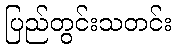
ပြည်တွင်းသတင်း